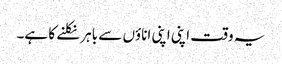
یہ وقت اپنی اپنی اناؤں سے باہر نکلنے کا ہے۔